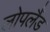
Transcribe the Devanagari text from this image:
लोपलैंड